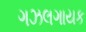
ગઝલગાયક